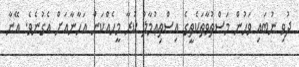
ދުވި ނުބައި ވަހުން މަސްތުވާތަކެތީގެ އިސްތިޢުމާލު ކުރާ މީހެއްކަން އަހާނާއަށް އެގުނެވެ. އޭނާ